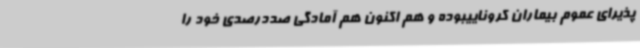
پذیرای عموم بیماران کروناییبوده و هم اکنون هم آمادگی صددرصدی خود را